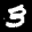
Label: 3